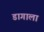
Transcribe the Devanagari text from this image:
डागाला